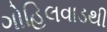
ગોહિલવાડથી